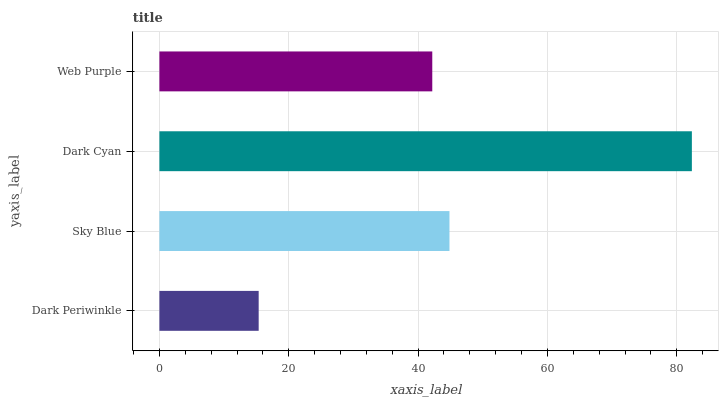
| yaxis_label | bars |
 | --- | --- |
 | Dark Periwinkle | 15.4 |
 | Sky Blue | 44.9 |
 | Dark Cyan | 82.3 |
 | Web Purple | 42.2 |